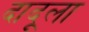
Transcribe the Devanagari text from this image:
दादूला